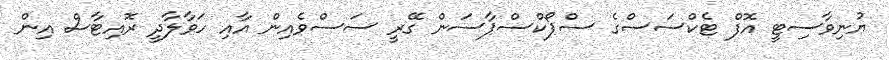
ޔުނިވާސިޓީ އޮފް ޓެކްސަސްގެ ސްޕޯކްސްޕާސަން ގޭރީ ސަސްވެއިން އާއި ހަވާލާދީ ރޮއިޓާސް އިން